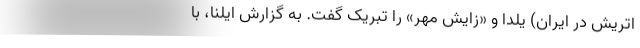
اتریش در ایران) یلدا و «زایش مهر» را تبریک گفت. به گزارش ایلنا، با